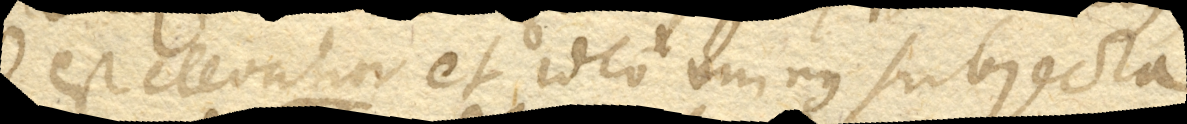
id est elevatur et ideo minus subjecta